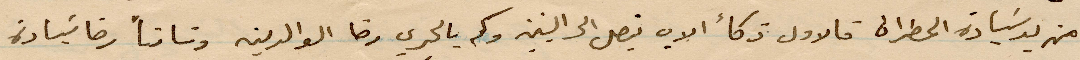
من يد سيادة المطران قالاول ذكاء الاب يتصل الى %% وكم بالحري رضا الوالدين %% رضا سيادة